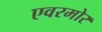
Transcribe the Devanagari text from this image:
एवरमोर